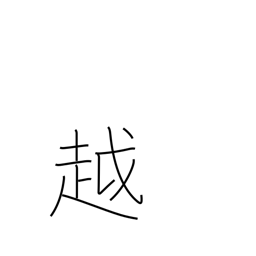
Meaning: move to